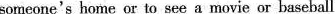
someone's home or to see a movie or baseball